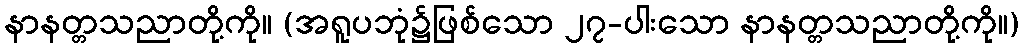
နာနတ္တသညာတို့ကို။ (အရူပဘုံ၌ဖြစ်သော ၂၇-ပါးသော နာနတ္တသညာတို့ကို။)